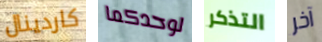
كاردينال لوحدكما التذكر آخر